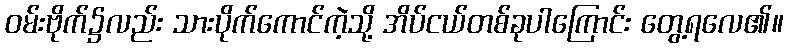
ဝမ်းဗိုက်၌လည်း သားပိုက်ကောင်ကဲ့သို့ အိပ်ငယ်တစ်ခုပါကြောင်း တွေ့ရလေ၏။